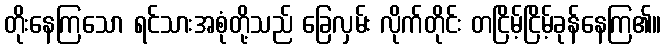
တိုးနေကြသော ရင်သားအစုံတို့သည် ခြေလှမ်း လိုက်တိုင်း တငြိမ့်ငြိမ့်ခုန်နေကြ၏။